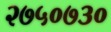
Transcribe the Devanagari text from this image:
२७५०७३०